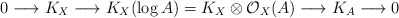
\begin{align*} 0\longrightarrow K_X\longrightarrow K_X(\log A)=K_X\otimes\mathcal{O}_X(A)\longrightarrow K_A\longrightarrow 0 \end{align*}